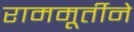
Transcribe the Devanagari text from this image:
राममूर्तीने